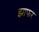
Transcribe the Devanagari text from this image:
झाफर